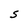
Character: 5